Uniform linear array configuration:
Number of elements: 24
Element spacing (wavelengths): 0.75
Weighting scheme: kaiser
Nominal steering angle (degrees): -45
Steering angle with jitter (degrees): -46.303
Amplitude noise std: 0.05
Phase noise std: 0.05

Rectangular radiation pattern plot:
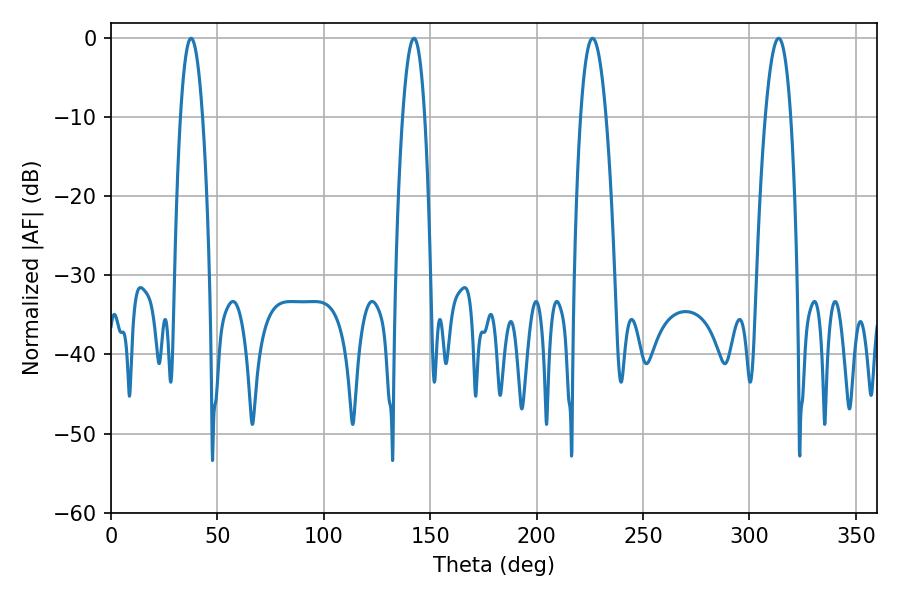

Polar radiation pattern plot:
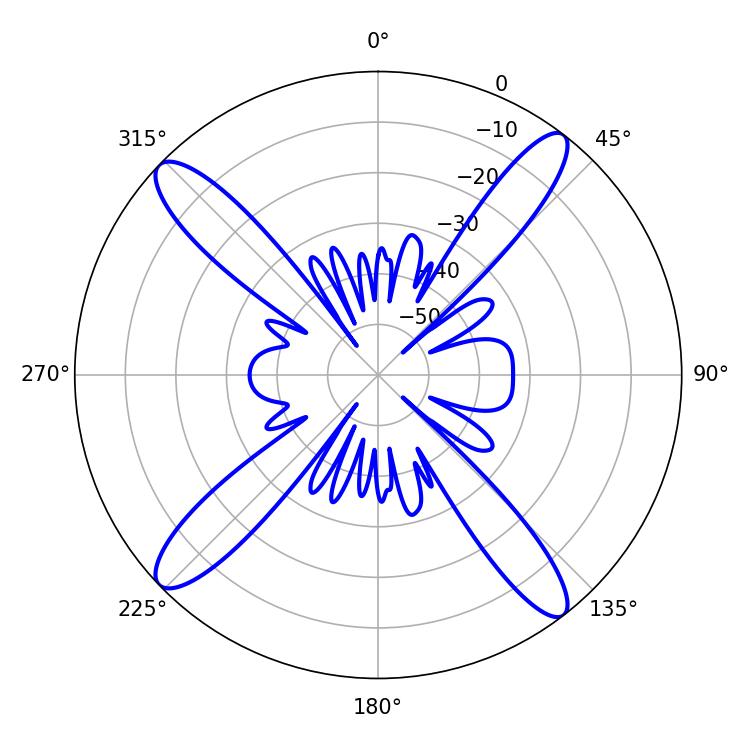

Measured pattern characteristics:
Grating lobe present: TRUE
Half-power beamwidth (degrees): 5.58
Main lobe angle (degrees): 37.62